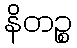
နိတဉ္စ